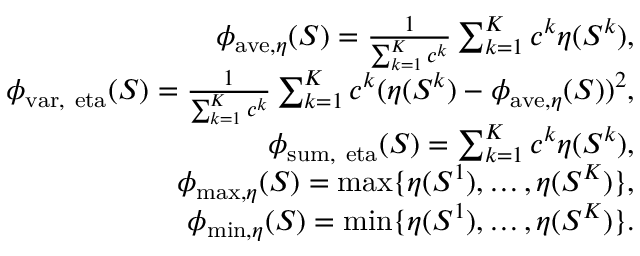
\begin{array} { r l r } & { } & { \phi _ { \mathrm { a v e } , \eta } ( S ) = \frac { 1 } { \sum _ { k = 1 } ^ { K } c ^ { k } } \sum _ { k = 1 } ^ { K } c ^ { k } \eta ( S ^ { k } ) , } \\ & { } & { \phi _ { \mathrm { v a r , \ e t a } } ( S ) = \frac { 1 } { \sum _ { k = 1 } ^ { K } c ^ { k } } \sum _ { k = 1 } ^ { K } c ^ { k } ( \eta ( S ^ { k } ) - \phi _ { \mathrm { a v e } , \eta } ( S ) ) ^ { 2 } , } \\ & { } & { \phi _ { \mathrm { s u m , \ e t a } } ( S ) = \sum _ { k = 1 } ^ { K } c ^ { k } \eta ( S ^ { k } ) , } \\ & { } & { \phi _ { \operatorname* { m a x } , \eta } ( S ) = \operatorname* { m a x } \{ \eta ( S ^ { 1 } ) , \ldots , \eta ( S ^ { K } ) \} , } \\ & { } & { \phi _ { \operatorname* { m i n } , \eta } ( S ) = \operatorname* { m i n } \{ \eta ( S ^ { 1 } ) , \ldots , \eta ( S ^ { K } ) \} . } \end{array}